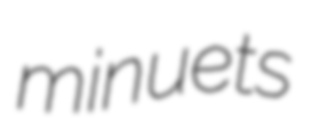
minuets